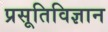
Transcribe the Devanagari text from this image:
प्रसूतिविज्ञान